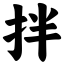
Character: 拌